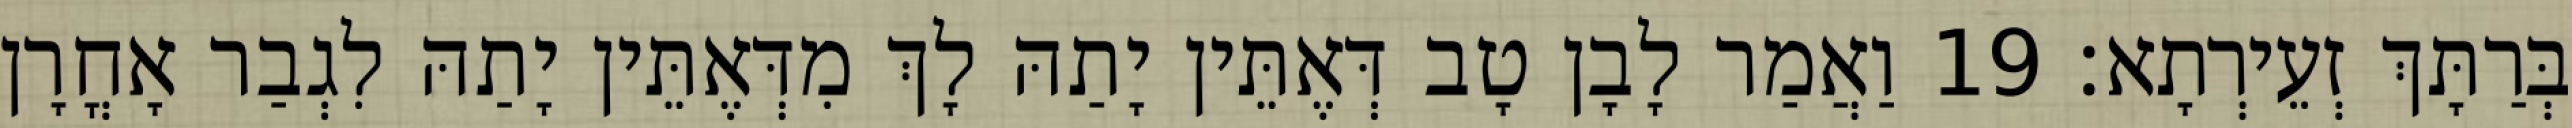
בְּרַתָּךְ זְעֵירְתָא׃ 19 וַאֲמַר לָבָן טָב דְּאֶתֵּין יָתַהּ לָךְ מִדְּאֶתֵּין יָתַהּ לִגְבַר אָחֳרָן